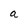
Character: a